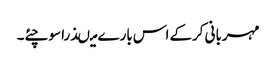
مہربانی کرکے اس بارے میںذرا سوچئے۔